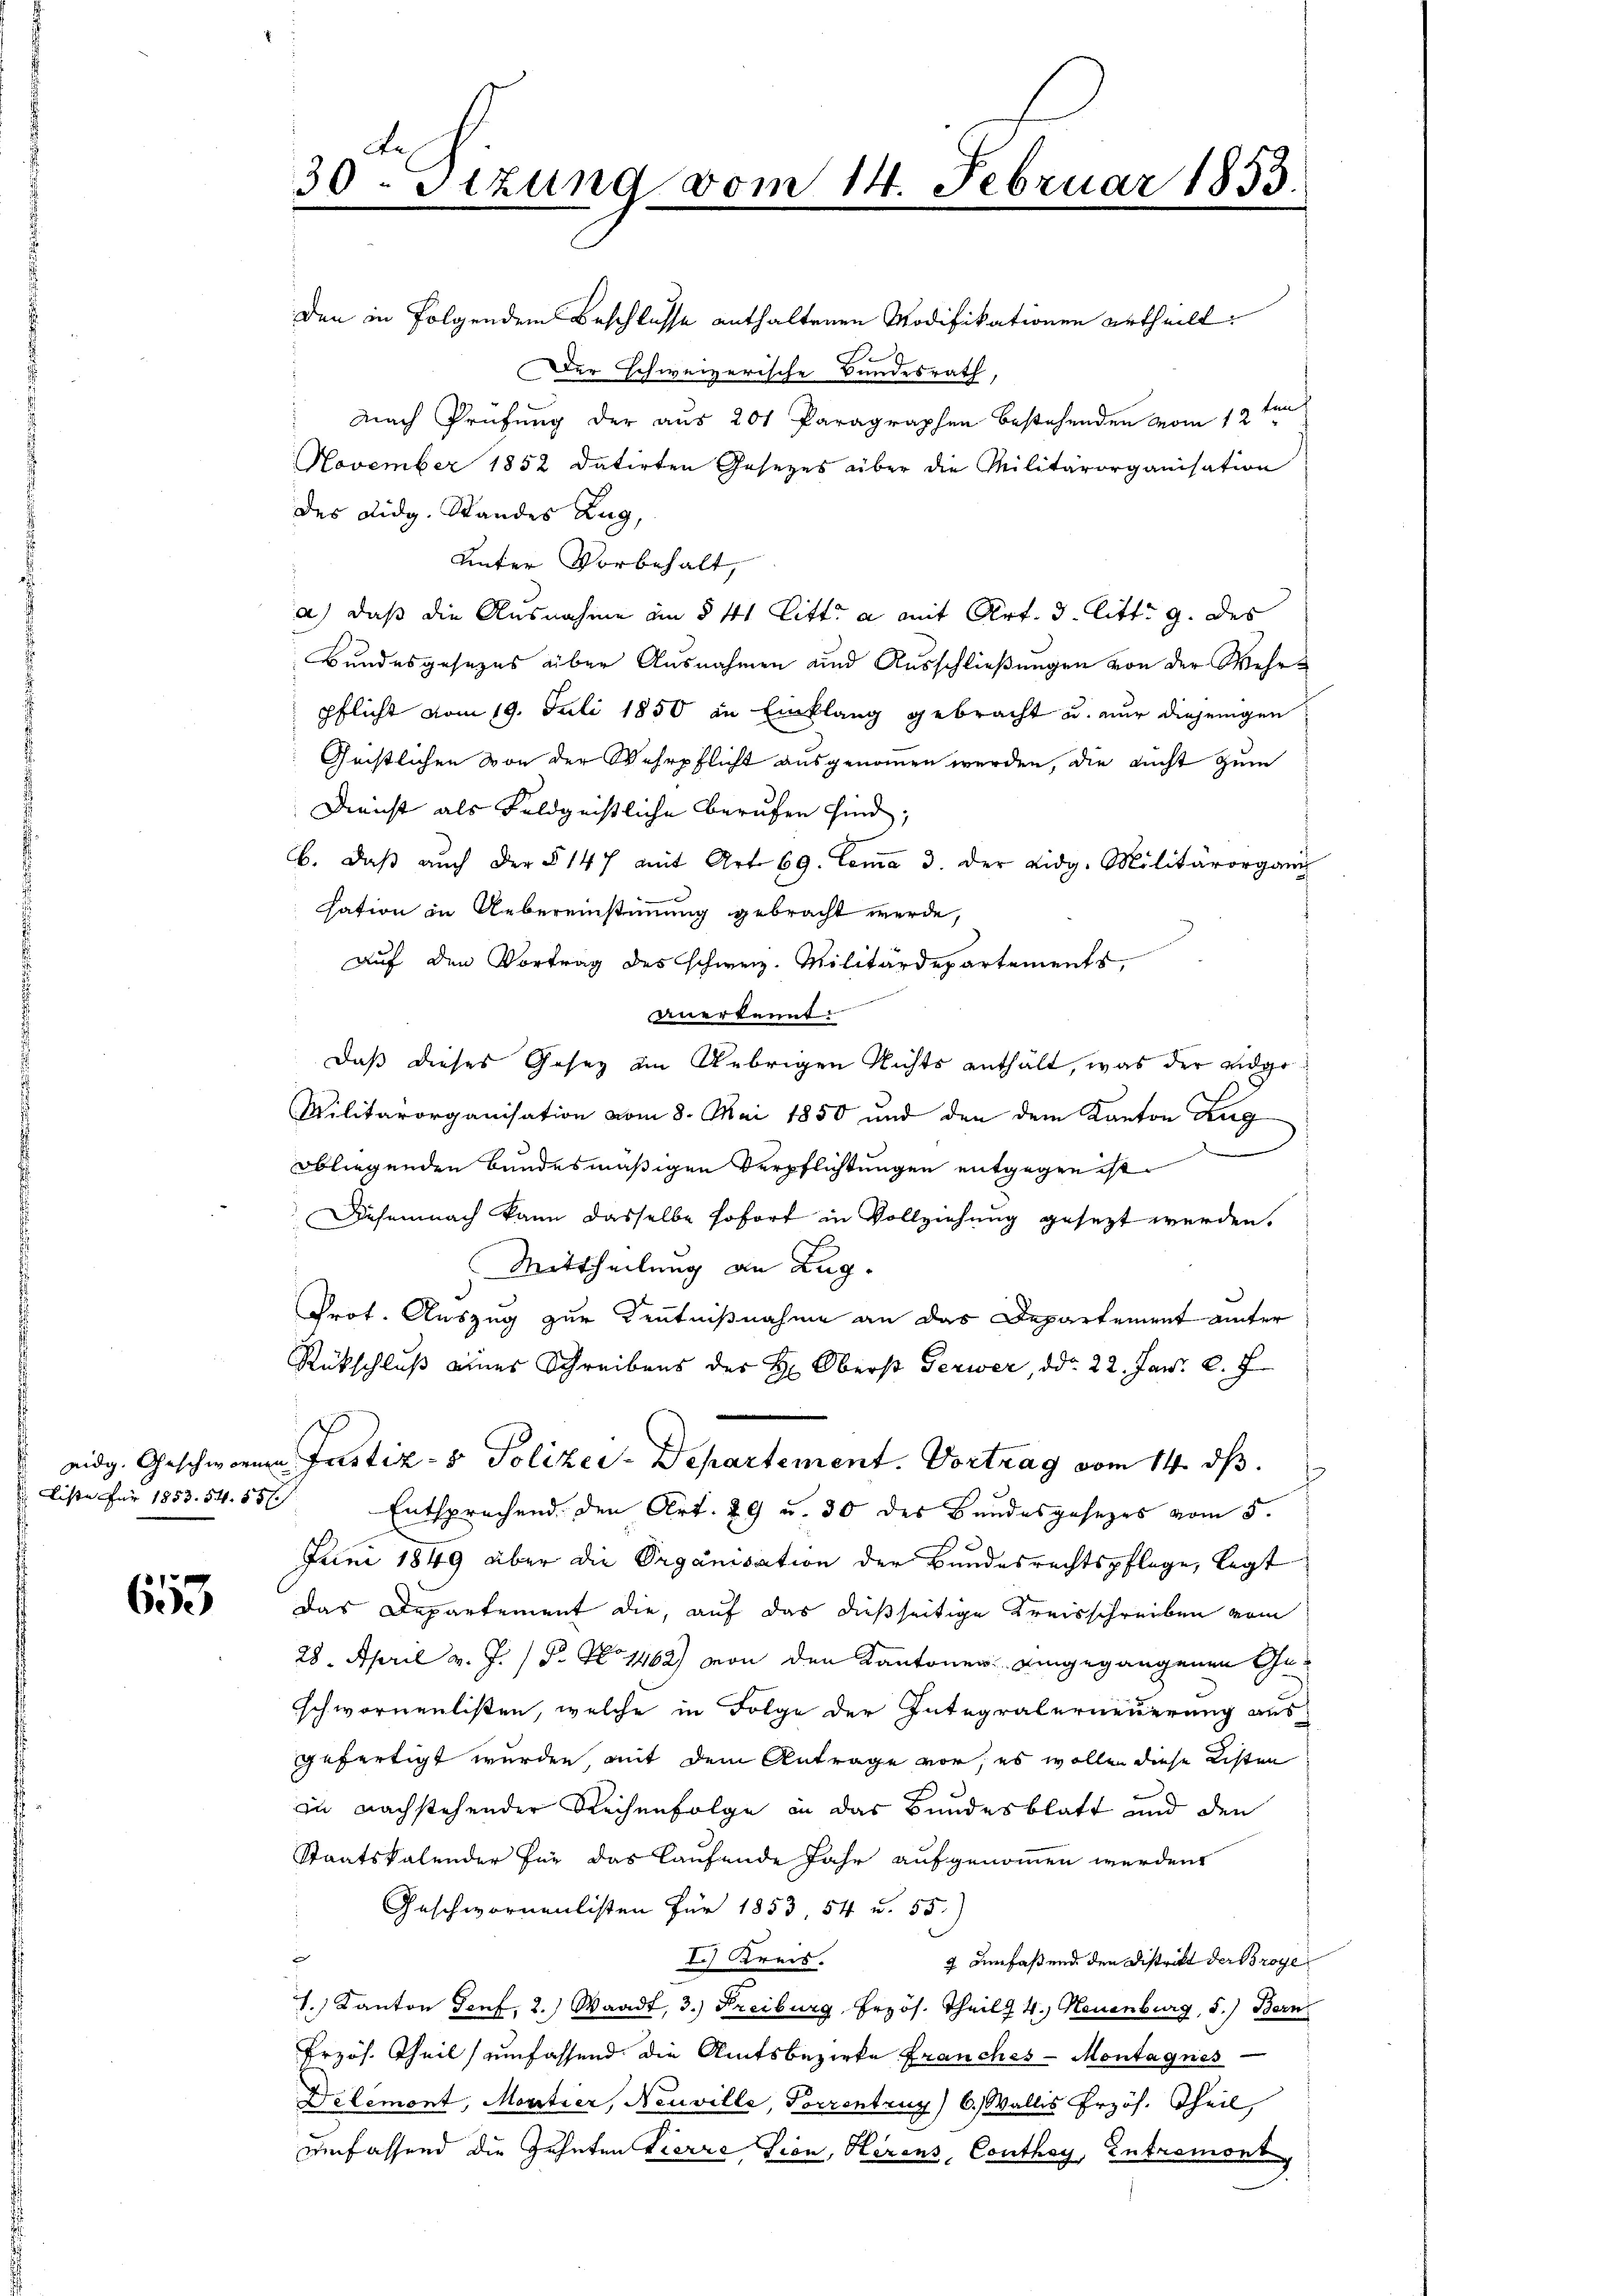
Liste für 1853. 54. 856

7
Gese

Den in folgendem Beschlusse enthaltenen Modifikationen urtheilt.
Der schweizerische Bundesrath,
nach Prüfung der aus 201 Paragraphen bestehenden vom 12ten
November 1852 datirten Gesezes über die Militärorganisation
des Didg. Standes Zug,
Unter Vorbehalt,
a) daß die Ausnahme am § 41 Litt. a mit Art. 3. litt. 9. des
Bundesgesezes über Ausnahmen und Ausschließungen von der Wesen
pflicht vom 19. Juli 1850 in Einklang gebracht u. nur diejenigen
Geistlichen von der Wehrpflicht ausgenommen werden, die nicht zum
Dienst als Feldgeistliche Berufen sind;
b. daβ aŭch der § 147 mit Art. 69. Lemma 3. der eidg. Militärorgani
sation in Uebereinstimmung gebracht werde,
Auf den Vortrag des schweiz. Militärdepartements,
anerkannt.
Daß dieses Gesez am Uebrigen Nichts enthält, was der eidge¬
Militärorganisation vom 8. Mai 1850 und den dem Kanton Zug
obliegenden bundesmäßigen Verpflichtungen entgegen ist.
Diesemnach kann dasselbe sofort in Vollziehung gesezt werden.
Mittheilung an Lug
Prot. Auszug zur Kenntnißnahme an das Departement unter
Rückschluß eines Schreibens des H. Oberst Gerwer, ddo 22. Jan. c. f
eidg. Geschwornen Justiz- & Polizei-Departement. Vortrag vom 14. ds.
Entsprechend. Den Art. 29 u. 30 des Bandesgesezes vom 5.
Juni 1849 über die Organisation der Bundesrechtspflege, legt
das Departement die, auf das dießseitige Kreisschreiben vom
28. April v. J. P. No 1462) von den Kantonen eingegangenen Geschwornenlisten, welche in Folge der Integralerneuerung aus
gefertigt wurden, mit dem Antrage vor, es wollen diese Listen
in nachstehender Reihenfolge in das Bundesblatt und den
Staatskalender für das laufende Jahr aufgenommen werden
Geschwornenlisten für 1853, 54 u. 55.)
I.) Kreis.
7 derfaßend den Distrikt der Broge
1.) Kanton Senf, 2.) Waadt, 3.) Freiburg Erzös. Theilt 4. Neuenburg, 5.) Bern,
Erzös. Theil umfassend die Amtsbezirke franches - Montagnes
Delémont, Moutier, Neuville, Pocrentzug) 6. Wallis Erzös. Theil,
umfassend die Zehnten Tierre Lion, Hirons Conthey, Entremons

30-Sizung vom 14. Februar 1853.